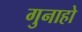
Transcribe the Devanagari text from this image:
गुनाहो